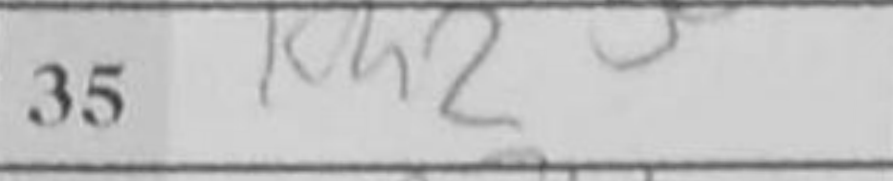
Transcription: Kh2